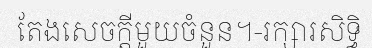
តែងសេចក្តីមួយចំនួន។-រក្សារសិទ្ធិ